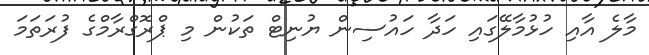
މާލެ އާއި ހުޅުމާލޭގައި ހަދާ ހައުސިން ޔުނިޓް ތަކުން މި ޕްރޮގްރާމްގެ ފުރަތަމަ